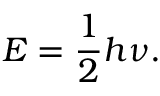
{ E } = { \frac { 1 } { 2 } } h \nu .